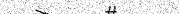
١٠١